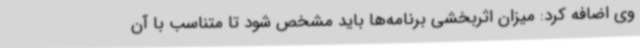
وی اضافه کرد: میزان اثربخشی برنامه‌ها باید مشخص شود تا متناسب با آن